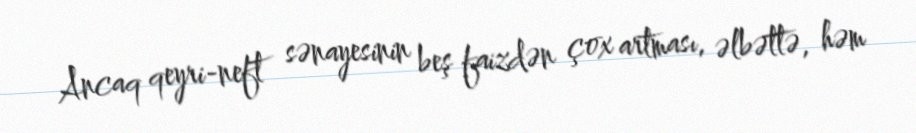
Ancaq qeyri-neft sənayesinin beş faizdən çox artması, əlbəttə, həm